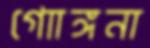
গোাঙ্গনা